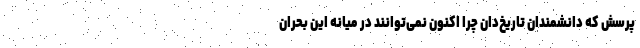
پرسش که دانشمندان تاریخ‌دان چرا اکنون نمی‌توانند در میانه این بحران